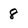
Character: 8